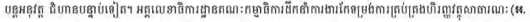
បន្តអនុវត្ត ជំហានបន្ទាប់ទៀត។ អគ្គលេខាធិការដ្ឋានគណៈកម្មាធិការដឹកនាំការងារកែទម្រង់ការគ្រប់គ្រងហិរញ្ញវត្ថុសាធារណៈ(អ.